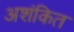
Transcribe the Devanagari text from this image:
अशंकित